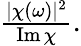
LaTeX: \begin{array}{r}{\frac{|\chi(\omega)|^{2}}{\operatorname{Im}\chi}.}\end{array}